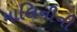
માલિનીની